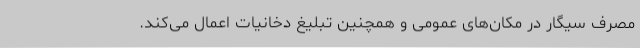
مصرف سیگار در مکان‌های عمومی و همچنین تبلیغ دخانیات اعمال می‌کند.